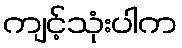
ကျင့်သုံးပါက